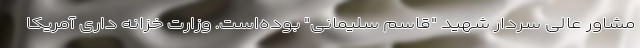
مشاور عالی سردار شهید "قاسم سلیمانی" بوده‌است. وزارت خزانه داری آمریکا